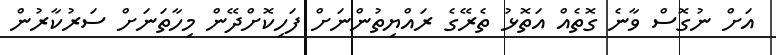
އަށް ނުގޮސް ވާނެ ގޮތެއް އަތޮޅު ތެރޭގެ ރައްޔިތުންނަށް ފަހިކޮށްދޭން މިހާތަނަށް ސަރުކާރުން